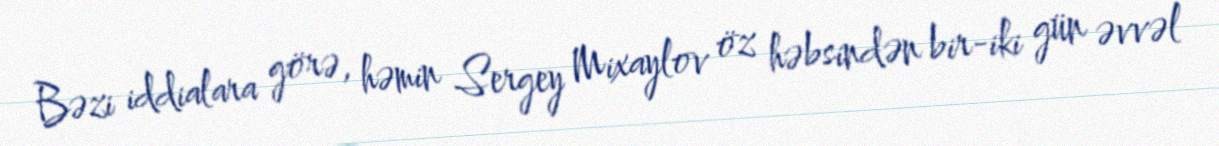
Bəzi iddialara görə, həmin Sergey Mixaylov öz həbsindən bir-iki gün əvvəl